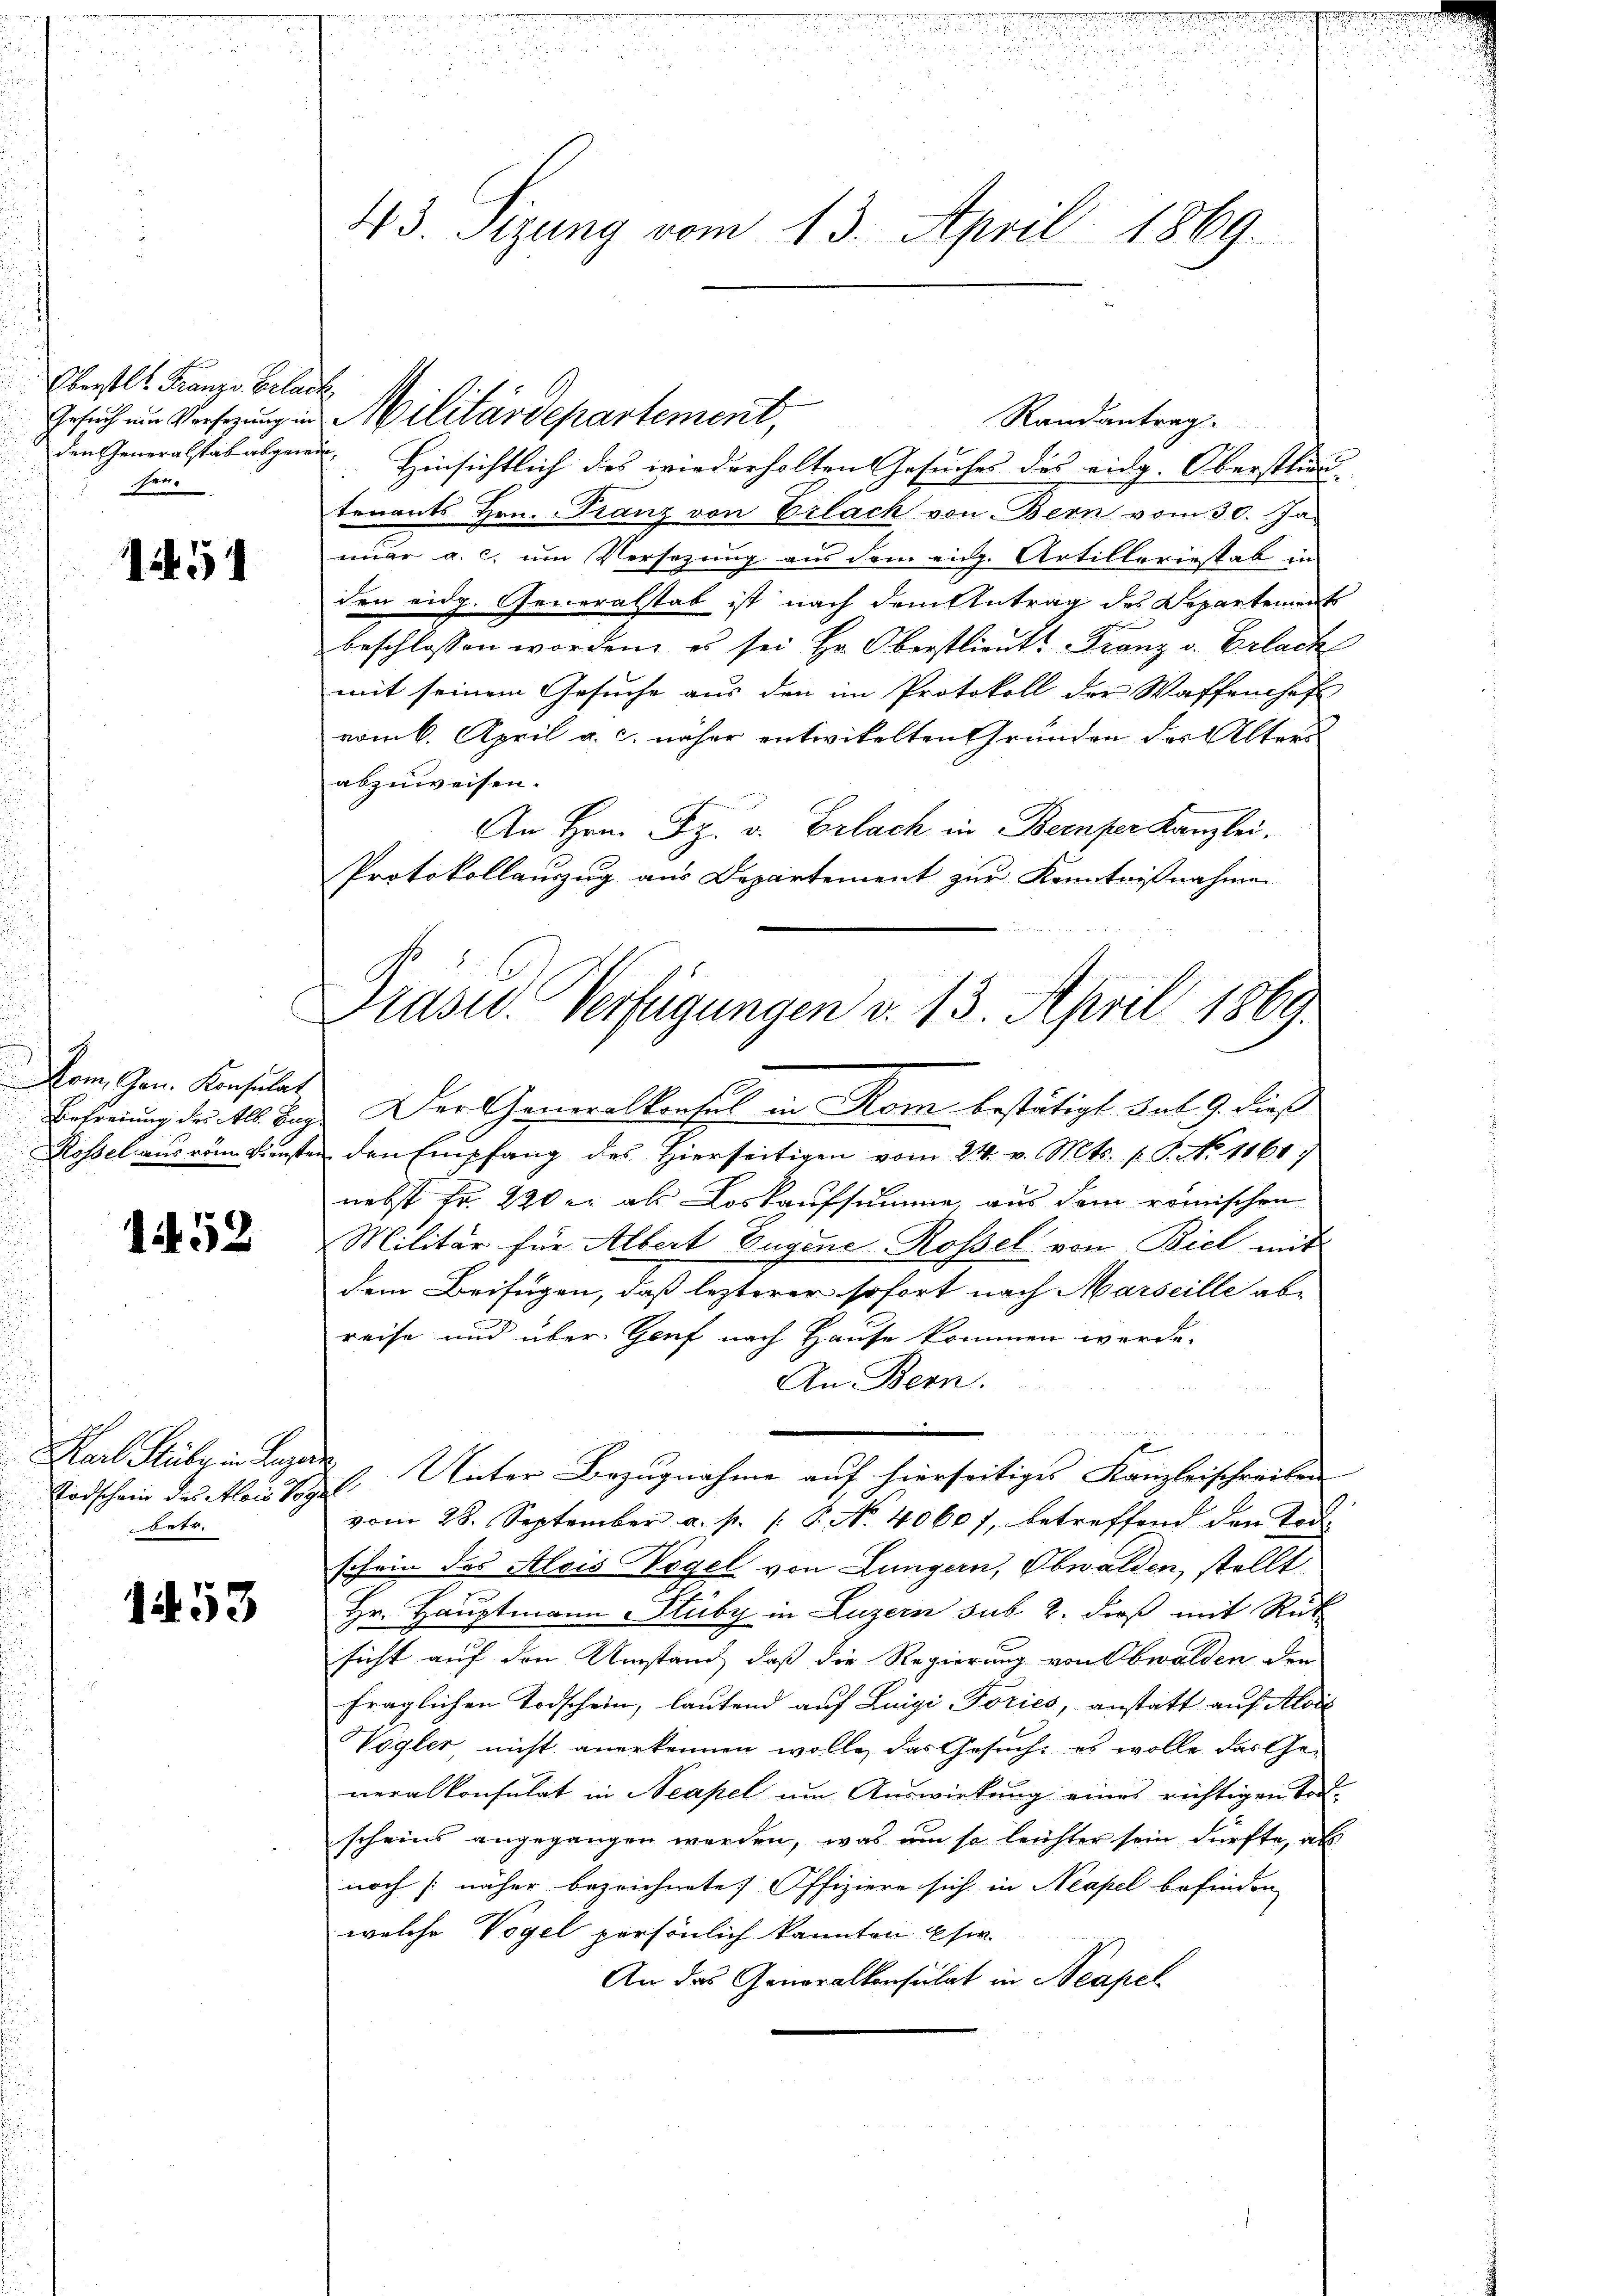
Oberstl. Franze Erlach
Gesuch um Vorsezung in
den Generalstab abgewie
sen

51

Dom, Gen. Konsulat
Befreiung des Alb. Tag¬
Rossel aus vom Diensten

1452

Karl Stüber in Lage
Todschein des Alois Vog
betr.

1453

43 Sizung vom 13. April 1869.

Militärdepartement,
Randantrag.
Hinsichtlich des wiederholten Gesuches des eidg. Oberstlieutenants Hrn. Franz von Erlach von Bern vom 30. Ja
nuar a. c. um Versezung aus dem eidg. Artilleriestab in
den eidg. Generalstab ist nach dem Antrag des Departement
beschlossen worden, es sei Hr. Oberstlieut. Franz v. Erlachs
mit seinem Gesuche aus den im Protokoll der Waffenheft
vom 6. April a. c. näher entwickelten Gründen des Alters
abzuweisen.
An Hrn. Fr. v. Erlach in Beenper Kanzlei.
Protokollauszug aus Departement zur Kenntnißnahme
Der Generalkonsul in Rom bestätigt hat 9. dieß
den Empfang des Hierseitigen vom 24. v. Mts. f. P. No 1161
nebst Fr. 220 er als Loskaufsumme, aus dem römischen
Militär für Albert Eugene Rossel von Biel mit
dem Beifügen, daß lezterer sofort nach Marseille ab-
reise und über Genf nach Hause kommen werde.
An Bern.
5
1. Unter Bezugnahme auf hierseitiges Kanzleischreiben
vom 28. September a. p. P. No. 4060f, betreffend den Tod
schein des Alois Vögel von Lungern, Obwalden, stellt
3
Hr. Hauptmann Stuby in Luzern sub 2. dieß mit Rück
sicht auf den Umstand, daß die Regierung von Obwalden den
fraglichen Todschein, lautend auf Luigi Foriés, anstatt auf Alois
Vogler nicht anerkennen wolle, das Gesuch, es wolle das Generalkonsulat in Neapel um Auswirkung eines richtigen Vorscheins angegangen werden, was um so leichter sein dürfte, als
noch näher bezeichnete Offiziere sich in Neapel befinden
welche Vogel persönlich kannten Eser.
An das Generalkonsulat in Neapel

Präsid. Verfügungen v. 13. April 1869.